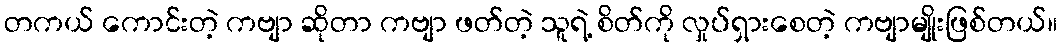
တကယ် ကောင်းတဲ့ ကဗျာ ဆိုတာ ကဗျာ ဖတ်တဲ့ သူရဲ့ စိတ်ကို လှုပ်ရှားစေတဲ့ ကဗျာမျိုးဖြစ်တယ်။